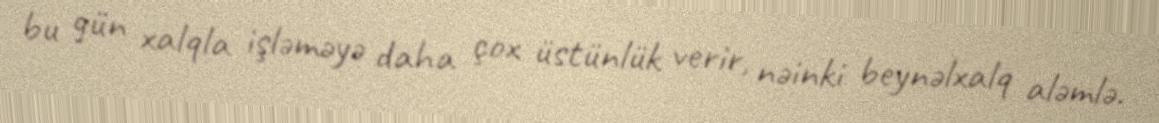
bu gün xalqla işləməyə daha çox üstünlük verir, nəinki beynəlxalq aləmlə.